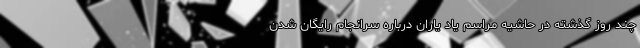
چند روز گذشته در حاشیه مراسم یاد یاران درباره سرانجام رایگان شدن